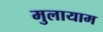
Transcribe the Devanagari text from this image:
मुलायाम